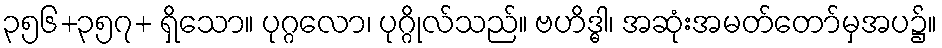
၃၅၆+၃၅၇+ ရှိသော။ ပုဂ္ဂလော၊ ပုဂ္ဂိုလ်သည်။ ဗဟိဒ္ဓါ၊ အဆုံးအမတ်တော်မှအပ၌။